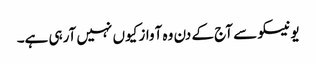
یونیسکو سے آج کے دن وہ آواز کیوں نہیں آرہی ہے۔